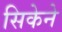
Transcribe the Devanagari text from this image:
सिकेने